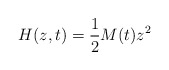
\begin{align*}H(z,t)=\frac{1}{2}M(t)z^{2} \end{align*}